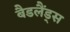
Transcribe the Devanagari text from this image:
बैडलैंड्स